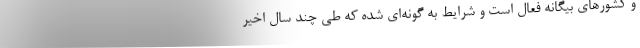
و کشورهای بیگانه فعال است و شرایط به گونه‌ای شده که طی چند سال اخیر